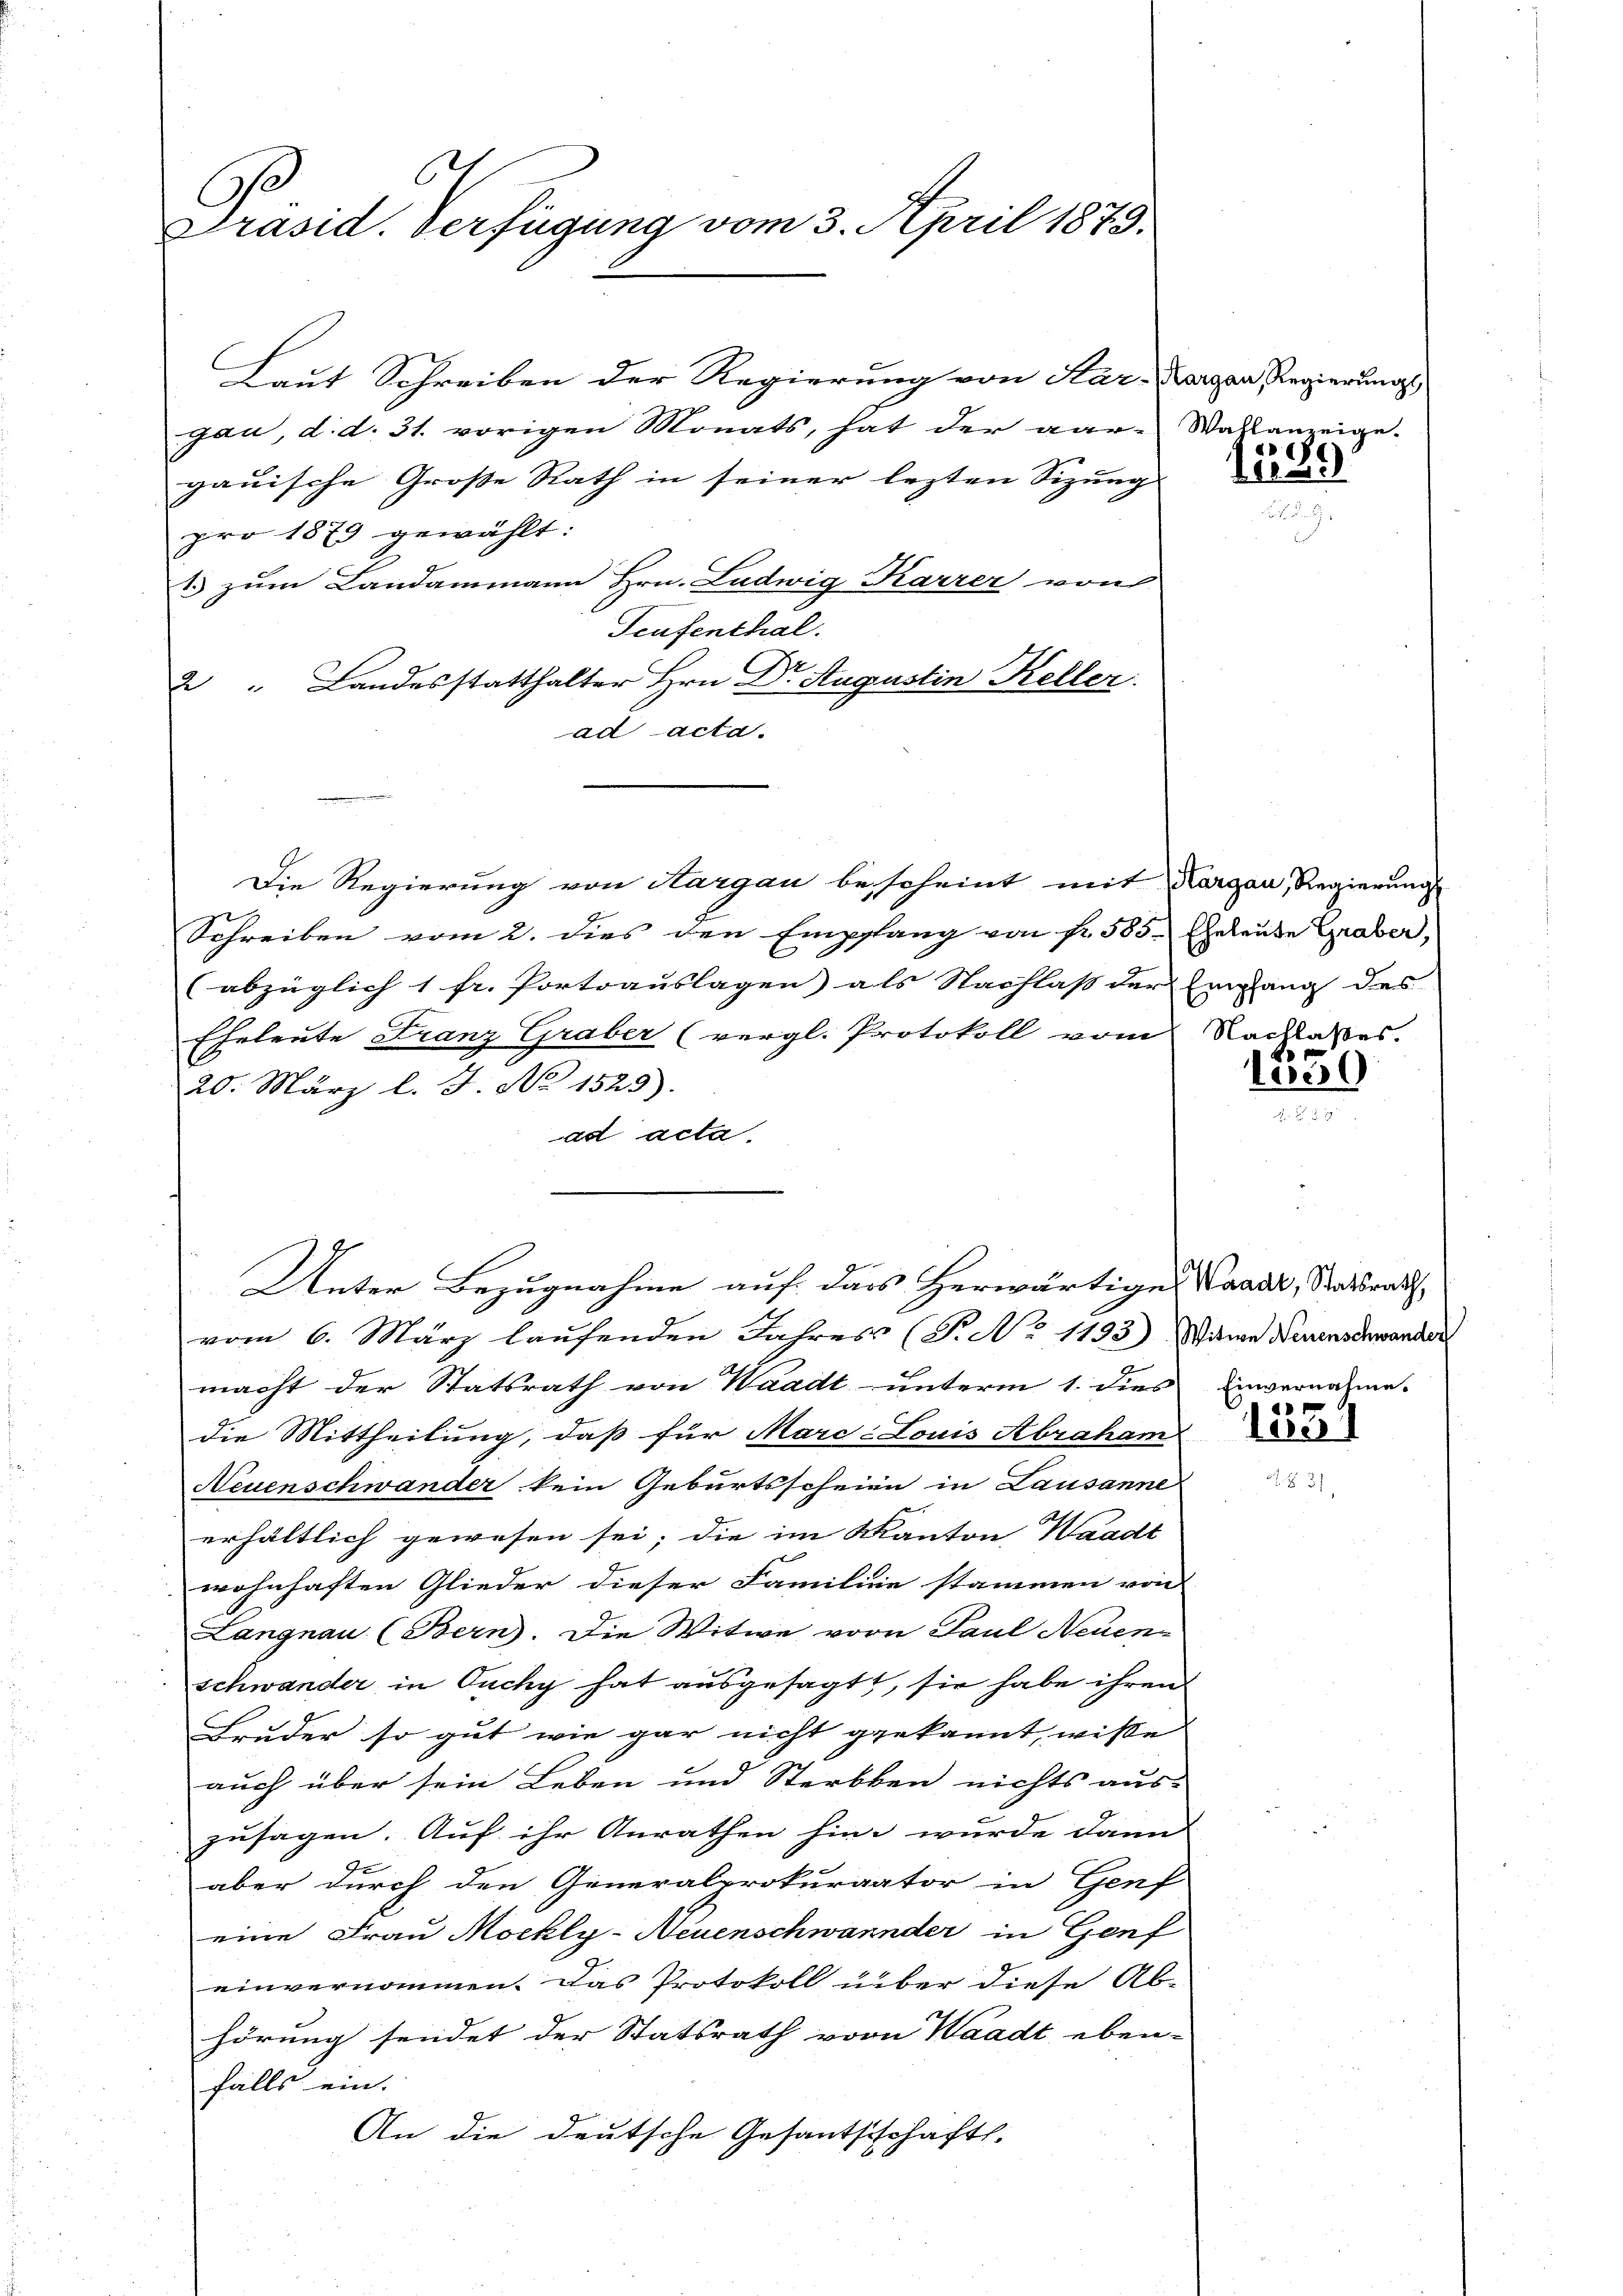
6
C
Präsid. Verfügung vom 3. April 1875.

gau, d. d. 31. vorigen Monats, hat der aar-Wahlanzeige.
gauische Große Rath in seiner lezten Sizung
pro 1879 gewählt:
1 zum Landammann Hrn. Ludwig Karrer von
Teufenthal.
e.
2 " Landesstatthalter Hrn Dr. Augustin Keller.
ad acta.
Die Regierung von Hargau bescheint mit Kargau, Regierung
Schreiben vom 2. dies den Empfang von Nr. 585. Eheleute Graber,
(abzüglich 1 Fr. Portoauslagen als Nachlass der Eingang des
Eheleute Franz Graber (vergl. Protokoll vom Nachlasses.
20. März l. J. No 1525.
ad acta
vom 6. März laufenden Jahres (T. No 1133) Witwe Neuenschwander
macht der Statsrath von Waadt- unterm 1. dies einvernahme-
die Mittheilung, daß für Marc-Louis Abraham
Neuenschwander kein Geburtsscheien in Lausanne
erhältlich gewesen sei; die im Kanton Waadt
wohnhaften Glieder dieser Familie stammen von |
Langnau (Bern. Die Witwe vorn Paul Neuen-
schwander in Ouchy hat ausgesagt, sie habe ihren
Bruder so gut wie gar nicht gekannt wisse |
auch über sein Leben und Sterbten nichts aus-
zusagen. Auf ihr Anrathen hin, wurde dann
aber durch den Generalprokurator in Genf
eine Frau Mochly-Neuenschwannder in Genf
einvernommen. Das Protokoll über diese Ab-
hörung sendet der Statsrath von Waadt eben-
falls ein.
An die deutsche Gesantsschaft.

Laut Schreiben der Regierung von Kar-Kargen Regierungs

Unter Bezugnahme auf das Herwärtiges Waadt, Staatsrath

1599

1530

1051